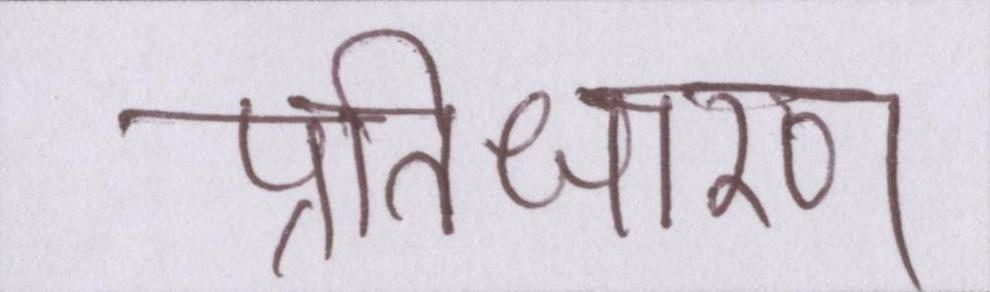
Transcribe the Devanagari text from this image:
प्रतिधारण